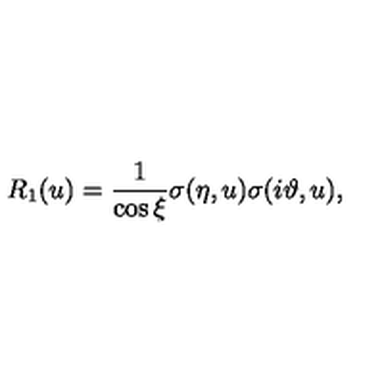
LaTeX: R _ { 1 } ( u ) = \frac { 1 } { \cos \xi } \sigma ( \eta , u ) \sigma ( i \vartheta , u ) ,